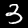
Digit: 3